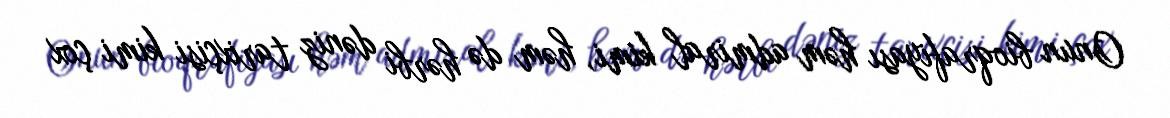
Onun bioqrafiyası həm admiral kimi, həm də hərbi dəniz tarixçisi kimi çox